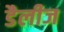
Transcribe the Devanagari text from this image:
डैलीज